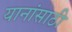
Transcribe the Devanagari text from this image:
यानांसाठी